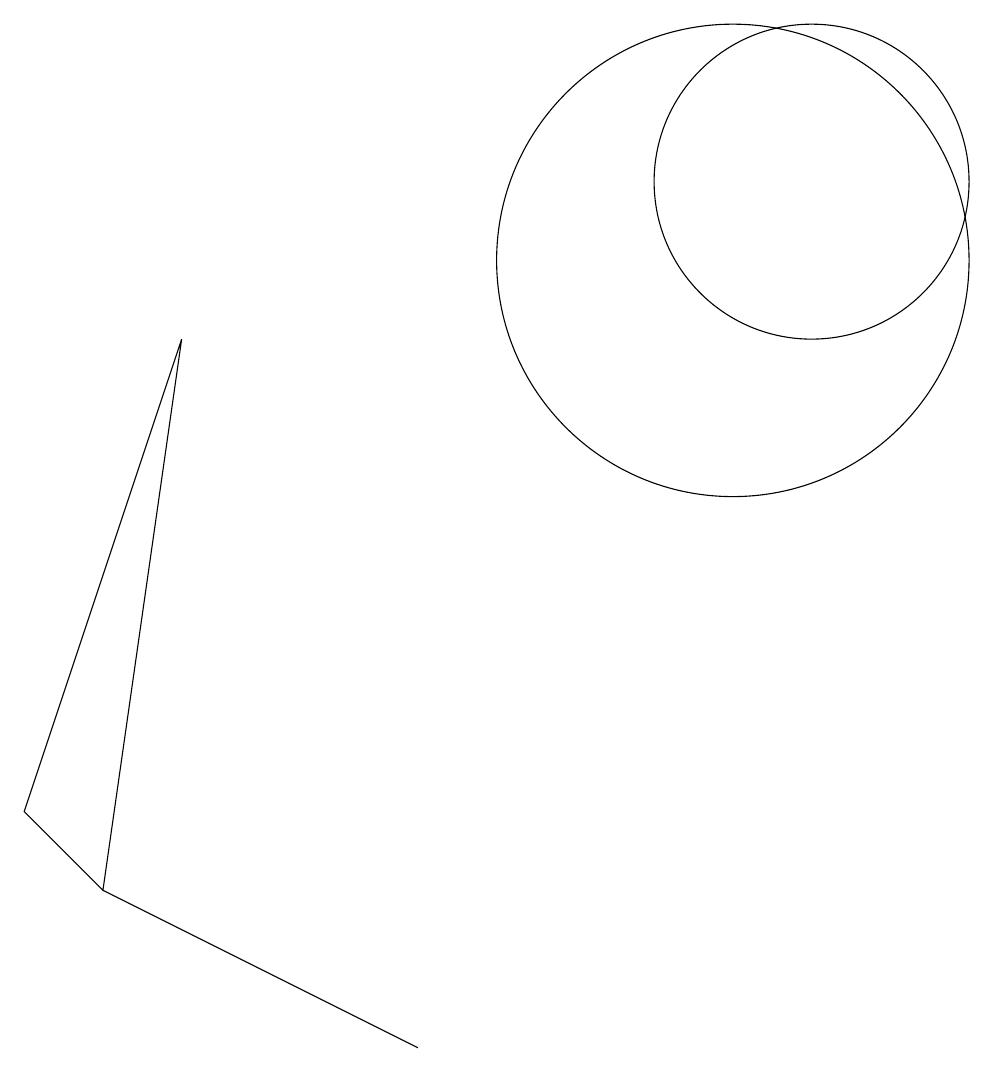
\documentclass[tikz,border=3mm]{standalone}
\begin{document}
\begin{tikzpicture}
\draw (11,11) circle (2);
\draw (10,10) circle (3);
\draw (2,2) -- (6,0) -- (4,1) -- cycle;
\draw (1,3) -- (3,9) -- (2,2) -- cycle;
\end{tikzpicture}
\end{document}